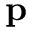
\mathbf { p }